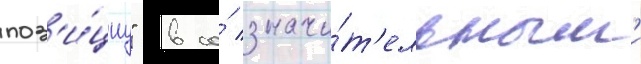
поз'и́циу" в со́ значи́т'ельным'и